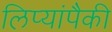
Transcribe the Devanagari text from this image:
लिप्यांपैकी